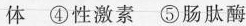
体 ④ 性激素 ⑤肠肽酶